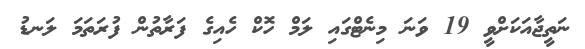
ނަތީޖާއަކަށްވީ 19 ވަނަ މިނެޓްގައި ލަމް ހޮކް ހެއިގެ ފަރާތުން ފުރަތަމަ ލަނޑު